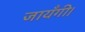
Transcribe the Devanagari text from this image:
जायँगी।